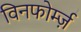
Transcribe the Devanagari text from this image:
विनफोर्म्ज़